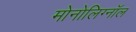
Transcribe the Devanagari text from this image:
मोनोलिग्नॉल